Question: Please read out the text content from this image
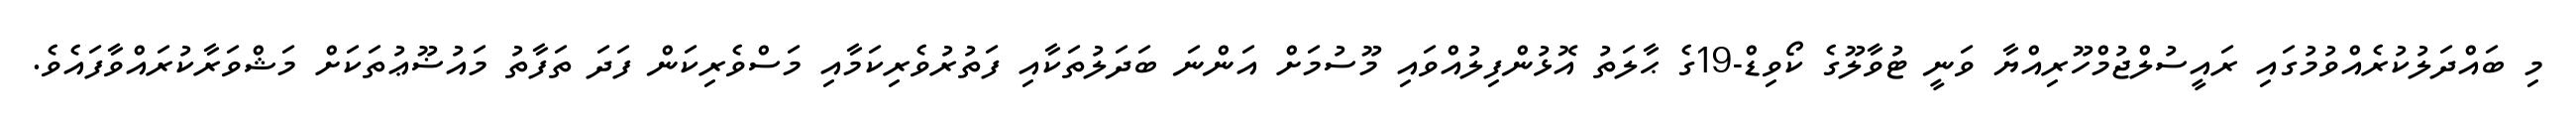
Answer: މި ބައްދަލުކުރެއްވުމުގައި ރައީސުލްޖުމްހޫރިއްޔާ ވަނީ ޓުވާލޫގެ ކޯވިޑް-19ގެ ޙާލަތު އޮޅުންފިލުއްވައި މޫސުމަށް އަންނަ ބަދަލުތަކާއި ފަތުރުވެރިކަމާއި މަސްވެރިކަން ފަދަ ތަފާތު މައުޟޫޢުތަކަށް މަޝްވަރާކުރައްވާފައެވެ.